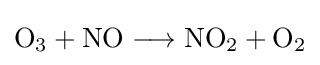
{{\mathit {\mathrm {O_{3}} }}{}+{}{\mathit {\mathrm {NO} }}{}\mathrel {\longrightarrow } {}{\mathit {\mathrm {NO_{2}} }}{}+{}{\mathit {\mathrm {O} }}{\vphantom {A}}_{\smash[{t}]{2}}}